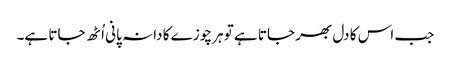
جب اس کا دل بھر جاتا ہے تو ہر چوزے کا دانہ پانی اُٹھ جاتا ہے۔